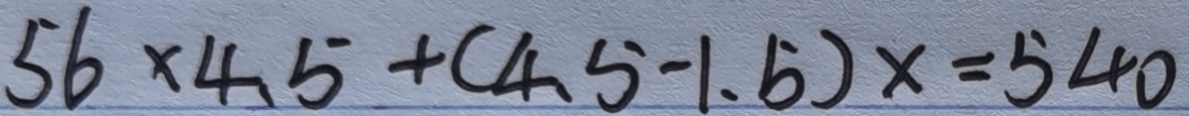
5 6 \times 4 . 5 + ( 4 . 5 - 1 . 5 ) x = 5 4 0